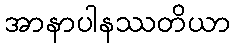
အာနာပါနဿတိယာ